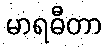
မာရဓီတာ